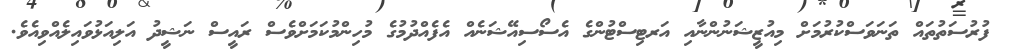
ފުރުސަތުތައް ތަނަވަސްކުރުމަށް މިއުޒީޝަނުންނާއި އަރޓިސްޓުންގެ އެސޯސިއޭޝަނެއް އެފެއްދުމުގެ މުހިންމުކަމަށްވެސް ރައީސް ނަޝީދު އަލިއަޅުވައިލެއްވިއެވެ.